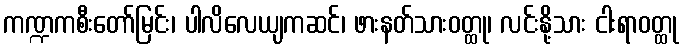
ကဏ္ဍကစီးတော်မြင်း၊ ပါလိလေယျကဆင်၊ ဖားနတ်သားဝတ္ထု၊ လင်းနို့သား ငါးရာဝတ္ထု